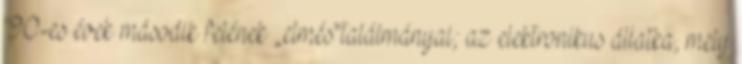
’90-es évek második felének „elmés”találmányai; az elektronikus állatka, mely